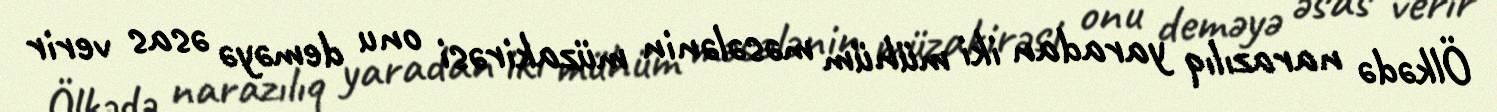
Ölkədə narazılıq yaradan iki mühüm məsələnin müzakirəsi onu deməyə əsas verir